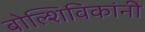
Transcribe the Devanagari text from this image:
बोल्शिविकांनी